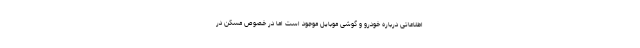
اطلاعاتی درباره خودرو و گوشی موبایل موجود است اما در خصوص مسکن در